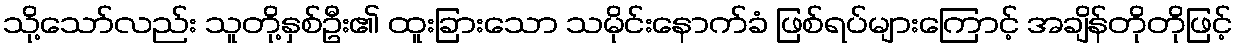
သို့သော်လည်း သူတို့နှစ်ဦး၏ ထူးခြားသော သမိုင်းနောက်ခံ ဖြစ်ရပ်များကြောင့် အချိန်တိုတိုဖြင့်